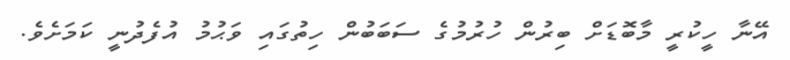
އޭނާ ހީކުރީ މާބޮޑަށް ބިރުން ހުރުމުގެ ސަބަބުން ހިތުގައި ވަޙުމު އުފެދުނީ ކަމަށެވެ.